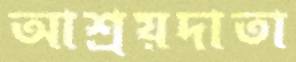
আশ্রয়দাতা